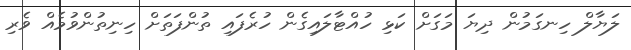
ލަޔާލް ހިނގަމުން ދިޔަ މަގަށް ކަޅި ހުއްޓާލައިގެން ހުރެފައި ތުންފަތަށް ހިނިތުންވުމެއް ވެރި